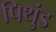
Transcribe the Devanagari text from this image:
पिथुंड